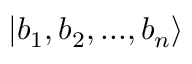
\vert b _ { 1 } , b _ { 2 } , . . . , b _ { n } \rangle